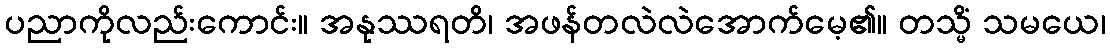
ပညာကိုလည်းကောင်း။ အနုဿရတိ၊ အဖန်တလဲလဲအောက်မေ့၏။ တသ္မိံ သမယေ၊